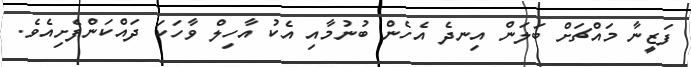
ފަޒީނާ މައްޗަށް ބަލަން އިނދެ އެހެން ބުނުމާއި އެކު އާހިލް ވާހަކަ ދައްކަންފެށިއެވެ.